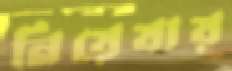
নিয়েযায়